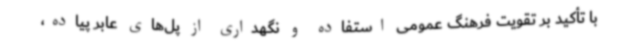
با تأکید بر تقویت فرهنگ عمومی استفاده و نگهداری از پل‌های عابر پیاده،